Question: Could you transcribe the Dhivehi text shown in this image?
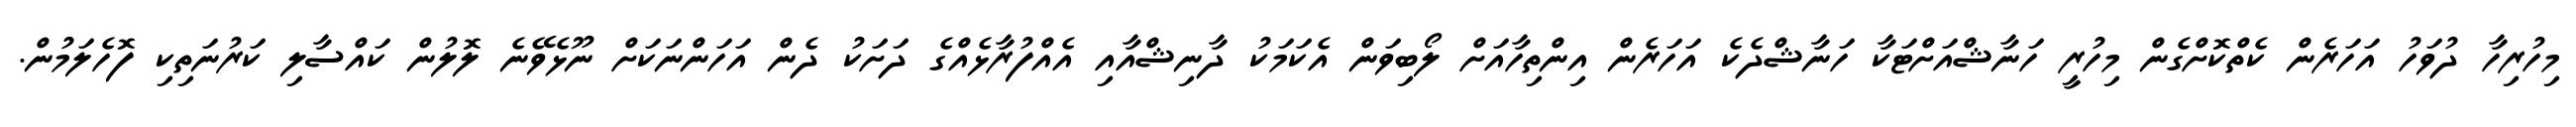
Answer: މިހުރިހާ ދުވަހު އަހަރެން ކެތްކޮށްގެން މިހުރީ ހަނާޝްއަށްޓަކާ ހަނާޝްދެކެ އަހަރެން އިންތިހާއަށް ލޯބިވަން އެކަމަކު ދާނިޝްއާއި އެއްފުރާޅެއްގެ ދަށަކު ދެން އަހަންނަކަށް ނޫޅެވޭނެ ލޮލުން ކައްސާލި ކަރުނަތިކި ފޮހެލަމުން.